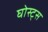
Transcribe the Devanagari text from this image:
घोस्ट्‌स